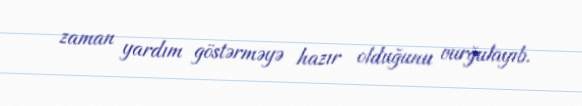
zaman yardım göstərməyə hazır olduğunu vurğulayıb.